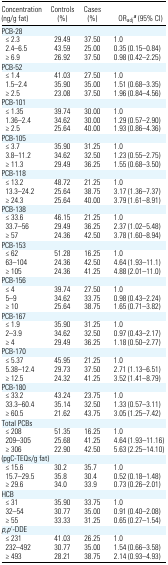
<table><thead><tr><td><b>Concentration (ng/g fat)</b></td><td><b>Controls (%)</b></td><td><b>Cases (%)</b></td><td><b>OR<sub>adj</sub>a (95% CI)</b></td></tr></thead><tbody><tr><td colspan="4">PCB-28</td></tr><tr><td> ≤ 2.3</td><td>29.49</td><td>37.50</td><td>1.0</td></tr><tr><td> 2.4–6.5</td><td>43.59</td><td>25.00</td><td>0.35 (0.15–0.84)</td></tr><tr><td> ≥ 6.9</td><td>26.92</td><td>37.50</td><td>0.98 (0.42–2.25)</td></tr><tr><td colspan="4">PCB-52</td></tr><tr><td> ≤ 1.4</td><td>41.03</td><td>27.50</td><td>1.0</td></tr><tr><td> 1.5–2.4</td><td>35.90</td><td>35.00</td><td>1.51 (0.68–3.35)</td></tr><tr><td> ≥ 2.5</td><td>23.08</td><td>37.50</td><td>1.96 (0.84–4.56)</td></tr><tr><td colspan="4">PCB-101</td></tr><tr><td> ≤ 1.35</td><td>39.74</td><td>30.00</td><td>1.0</td></tr><tr><td> 1.36–2.4</td><td>34.62</td><td>30.00</td><td>1.29 (0.57–2.90)</td></tr><tr><td> ≥ 2.5</td><td>25.64</td><td>40.00</td><td>1.93 (0.86–4.36)</td></tr><tr><td colspan="4">PCB-105</td></tr><tr><td> ≤ 3.7</td><td>35.90</td><td>31.25</td><td>1.0</td></tr><tr><td> 3.8–11.2</td><td>34.62</td><td>32.50</td><td>1.23 (0.55–2.75)</td></tr><tr><td> ≥ 11.3</td><td>29.49</td><td>36.25</td><td>1.55 (0.68–3.50)</td></tr><tr><td colspan="4">PCB-118</td></tr><tr><td> ≤ 13.2</td><td>48.72</td><td>21.25</td><td>1.0</td></tr><tr><td> 13.3–24.2</td><td>25.64</td><td>38.75</td><td>3.17 (1.36–7.37)</td></tr><tr><td> ≥ 24.3</td><td>25.64</td><td>40.00</td><td>3.79 (1.61–8.91)</td></tr><tr><td colspan="4">PCB-138</td></tr><tr><td> ≤ 33.6</td><td>46.15</td><td>21.25</td><td>1.0</td></tr><tr><td> 33.7–56</td><td>29.49</td><td>36.25</td><td>2.37 (1.02–5.48)</td></tr><tr><td> ≥ 57</td><td>24.36</td><td>42.50</td><td>3.78 (1.60–8.94)</td></tr><tr><td colspan="4">PCB-153</td></tr><tr><td> ≤ 62</td><td>51.28</td><td>16.25</td><td>1.0</td></tr><tr><td> 63–104</td><td>24.36</td><td>42.50</td><td>4.64 (1.93–11.1)</td></tr><tr><td> ≥ 105</td><td>24.36</td><td>41.25</td><td>4.88 (2.01–11.0)</td></tr><tr><td colspan="4">PCB-156</td></tr><tr><td> ≤ 4</td><td>39.74</td><td>27.50</td><td>1.0</td></tr><tr><td> 5–9</td><td>34.62</td><td>33.75</td><td>0.98 (0.43–2.24)</td></tr><tr><td> ≥ 10</td><td>25.64</td><td>38.75</td><td>1.65 (0.71–3.82)</td></tr><tr><td colspan="4">PCB-167</td></tr><tr><td> ≤ 1.9</td><td>35.90</td><td>31.25</td><td>1.0</td></tr><tr><td> 2–3.9</td><td>34.62</td><td>32.50</td><td>0.97 (0.43–2.17)</td></tr><tr><td> ≥ 4</td><td>29.49</td><td>36.25</td><td>1.18 (0.50–2.77)</td></tr><tr><td colspan="4">PCB-170</td></tr><tr><td> ≤ 5.37</td><td>45.95</td><td>21.25</td><td>1.0</td></tr><tr><td> 5.38–12.4</td><td>29.73</td><td>37.50</td><td>2.71 (1.13–6.51)</td></tr><tr><td> ≥ 12.5</td><td>24.32</td><td>41.25</td><td>3.52 (1.41–8.79)</td></tr><tr><td colspan="4">PCB-180</td></tr><tr><td> ≤ 33.2</td><td>43.24</td><td>23.75</td><td>1.0</td></tr><tr><td> 33.3–60.4</td><td>35.14</td><td>32.50</td><td>1.33 (0.57–3.11)</td></tr><tr><td> ≥ 60.5</td><td>21.62</td><td>43.75</td><td>3.05 (1.25–7.42)</td></tr><tr><td colspan="4">Total PCBs</td></tr><tr><td> ≤ 208</td><td>51.35</td><td>16.25</td><td>1.0</td></tr><tr><td> 209–305</td><td>25.68</td><td>41.25</td><td>4.64 (1.93–11.16)</td></tr><tr><td> ≥ 306</td><td>22.90</td><td>42.50</td><td>5.63 (2.25–14.10)</td></tr><tr><td colspan="4">(pgC-TEQs/g fat)</td></tr><tr><td> ≤ 15.6</td><td>30.2</td><td>35.7</td><td>1.0</td></tr><tr><td> 15.7–29.5</td><td>35.8</td><td>30.4</td><td>0.52 (0.18–1.48)</td></tr><tr><td> ≥ 29.6</td><td>34.0</td><td>33.9</td><td>0.73 (0.26–2.01)</td></tr><tr><td colspan="4">HCB</td></tr><tr><td> ≤ 31</td><td>35.90</td><td>33.75</td><td>1.0</td></tr><tr><td> 32–54</td><td>30.77</td><td>35.00</td><td>0.91 (0.40–2.08)</td></tr><tr><td> ≥ 55</td><td>33.33</td><td>31.25</td><td>0.65 (0.27–1.54)</td></tr><tr><td colspan="4"><i>p,p</i>′-DDE</td></tr><tr><td> ≤ 231</td><td>41.03</td><td>26.25</td><td>1.0</td></tr><tr><td> 232–492</td><td>30.77</td><td>35.00</td><td>1.54 (0.66–3.58)</td></tr><tr><td> ≥ 493</td><td>28.21</td><td>38.75</td><td>2.14 (0.93–4.93)</td></tr></tbody></table>